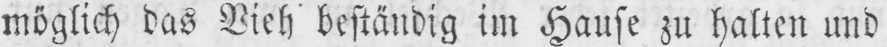
möglich das Vieh beständig im Hause zu halten und